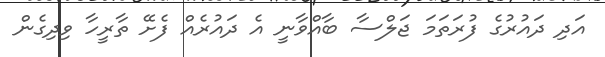
އަދި ދައުރުގެ ފުރަތަމަ ޖަލްސާ ބާއްވާނީ އެ ދައުރެއް ފެށޭ ތާރީހާ ވިދިގެން